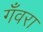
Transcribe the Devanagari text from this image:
गँवरा